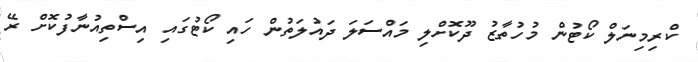
ކްރިމިނަލް ކޯޓުން މުހުތާޒު ދޫކޮށްލި މައްސަލަ ދައުލަތުން ހައި ކޯޓުގައި އިސްތިއުނާފުކޮށް ރޭ